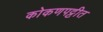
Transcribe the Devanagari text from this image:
कोकणपट्टीत